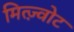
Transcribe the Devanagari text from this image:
मित्ज़्वोट